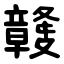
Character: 竷